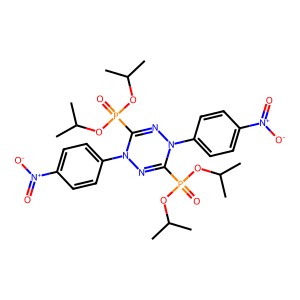
SMILES: CC(C)OP(=O)(OC(C)C)C1=NN(c2ccc([N+](=O)[O-])cc2)C(P(=O)(OC(C)C)OC(C)C)=NN1c1ccc([N+](=O)[O-])cc1
Inhibits HIV replication: No